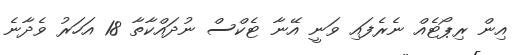
އިން ރިޕޯޓެއް ނެރެފައި ވަނީ އޭނާ ޓެކްސް ނުދައްކާތާ 18 އަހަރު ވެދާނެ